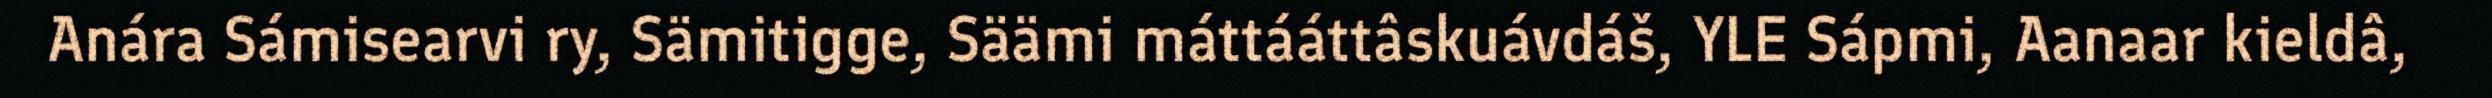
Anára Sámisearvi ry, Sämitigge, Säämi máttááttâskuávdáš, YLE Sápmi, Aanaar kieldâ,